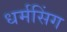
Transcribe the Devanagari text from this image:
धर्मसिंग